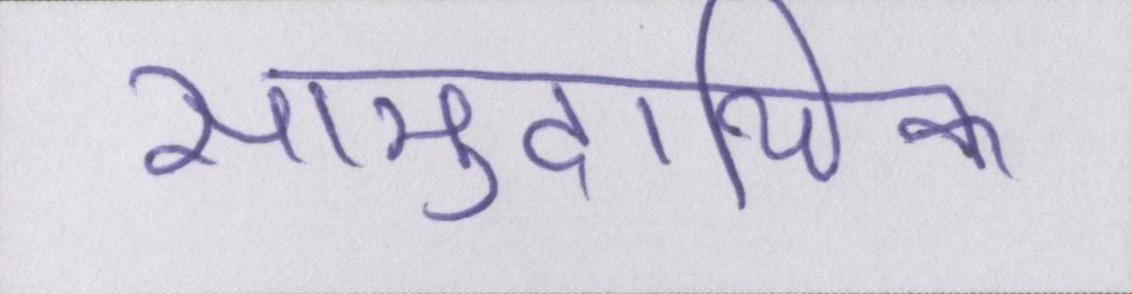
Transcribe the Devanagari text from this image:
सामुदायिक